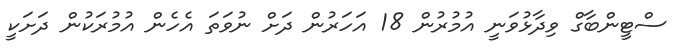
ސްޓީންބާގް ވިދާޅުވަނީ އުމުރުން 18 އަހަރުން ދަށް ނުވަތަ އެހެން އުމުރަކުން ދަށަކީ